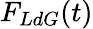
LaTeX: F_{LdG}(t)